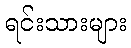
ရင်းသားများ